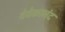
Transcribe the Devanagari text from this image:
वेवेकानंद